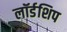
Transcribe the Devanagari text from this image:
लॉर्डशिप